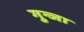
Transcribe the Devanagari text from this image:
गुन्जा